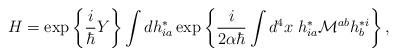
LaTeX: \begin{align*} H=\exp\left\{\frac{i}{\hbar}Y\right\} \int dh^*_{ia}\exp\left\{\frac{i}{2\alpha\hbar}\int d^4x\; h^*_{ia} {\cal M}^{ab}h^{*i}_b\right\},\end{align*}